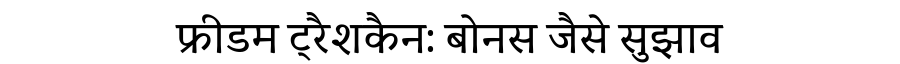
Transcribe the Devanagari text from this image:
फ्रीडम ट्रैशकैन: बोनस जैसे सुझाव